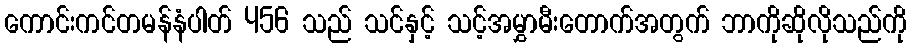
ကောင်းကင်တမန်နံပါတ် 456 သည် သင်နှင့် သင့်အမွှာမီးတောက်အတွက် ဘာကိုဆိုလိုသည်ကို